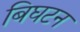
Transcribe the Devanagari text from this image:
बिघटन